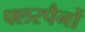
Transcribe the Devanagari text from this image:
फ्लरपैनों